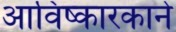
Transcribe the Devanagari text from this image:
आविष्कारकाने